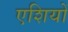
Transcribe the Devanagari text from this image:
एशियों